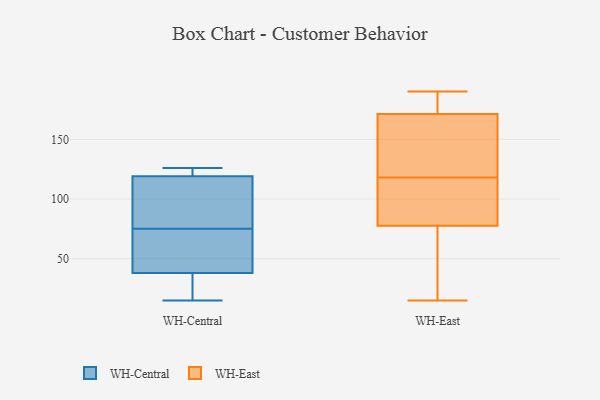
{"axis": {"x": "Backlog", "y": "Value"}, "legend": ["WH-Central", "WH-East"], "data": [{"x": "", "y": 121, "type": "WH-Central"}, {"x": "", "y": 30, "type": "WH-Central"}, {"x": "", "y": 38, "type": "WH-Central"}, {"x": "", "y": 15, "type": "WH-Central"}, {"x": "", "y": 126, "type": "WH-Central"}, {"x": "", "y": 87, "type": "WH-Central"}, {"x": "", "y": 56, "type": "WH-Central"}, {"x": "", "y": 119, "type": "WH-Central"}, {"x": "", "y": 63, "type": "WH-Central"}, {"x": "", "y": 93, "type": "WH-Central"}, {"x": "", "y": 155, "type": "WH-East"}, {"x": "", "y": 190, "type": "WH-East"}, {"x": "", "y": 80, "type": "WH-East"}, {"x": "", "y": 81, "type": "WH-East"}, {"x": "", "y": 181, "type": "WH-East"}, {"x": "", "y": 172, "type": "WH-East"}, {"x": "", "y": 91, "type": "WH-East"}, {"x": "", "y": 60, "type": "WH-East"}, {"x": "", "y": 70, "type": "WH-East"}, {"x": "", "y": 112, "type": "WH-East"}, {"x": "", "y": 36, "type": "WH-East"}, {"x": "", "y": 118, "type": "WH-East"}, {"x": "", "y": 179, "type": "WH-East"}, {"x": "", "y": 152, "type": "WH-East"}, {"x": "", "y": 171, "type": "WH-East"}, {"x": "", "y": 15, "type": "WH-East"}, {"x": "", "y": 142, "type": "WH-East"}]}